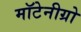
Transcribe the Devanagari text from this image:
मॉटेनीग्रो